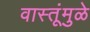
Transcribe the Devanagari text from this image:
वास्तूंमुळे